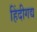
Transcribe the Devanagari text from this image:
हिंदीगद्य